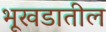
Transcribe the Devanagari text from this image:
भूखडातील